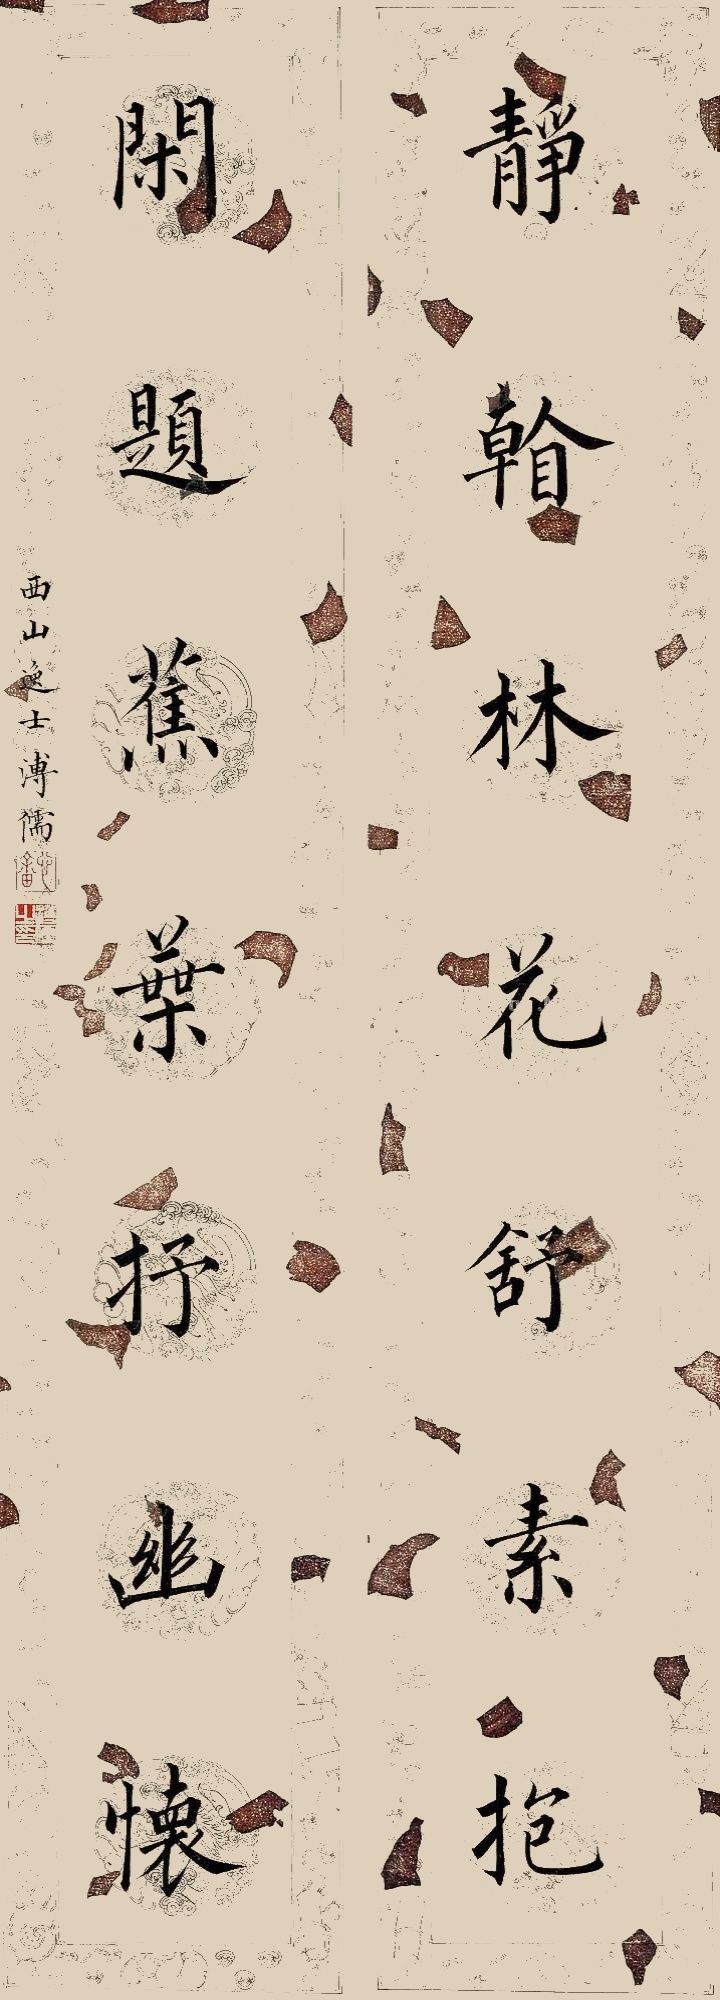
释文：静看林花舒素抱，闲题蕉叶抒幽怀。西山逸士溥儒。